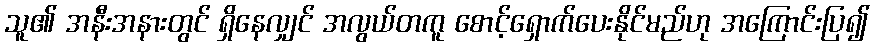
သူ၏ အနီးအနားတွင် ရှိနေလျှင် အလွယ်တကူ စောင့်ရှောက်ပေးနိုင်မည်ဟု အကြောင်းပြ၍